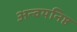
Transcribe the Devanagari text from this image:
अन्वयनिष्ठ